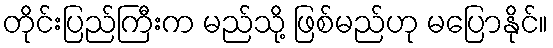
တိုင်းပြည်ကြီးက မည်သို့ ဖြစ်မည်ဟု မပြောနိုင်။